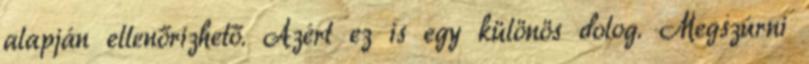
alapján ellenőrizhető. Azért ez is egy különös dolog. Megszúrni